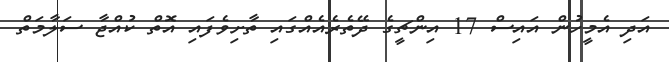
އަދި އެމީހުން އައިސް 17 އިންޗީގެ ދޭތެރެއެއްގައި ތާށިވެފައި އޮތް ކުއްޖާ ސަލާމަތް